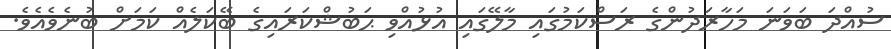
ސުއްދަ ބަވަނަ މަހާރަދުންގެ ރަސްކަމުގައި މާލޭގައި އުޅުއްވި ޙަބުޝްކަރައިގެ ބޭކަލެއް ކަމަށް ބުނެވެއެވެ.